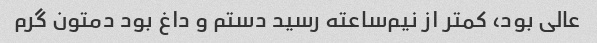
عالی بود، کمتر از نیم‌ساعته رسید دستم و داغ بود دمتون گرم